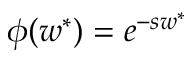
\phi ( w ^ { * } ) = e ^ { - s w ^ { * } }